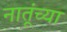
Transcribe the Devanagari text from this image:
नातूंच्या